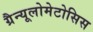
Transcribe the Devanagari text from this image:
ग्रैन्यूलोमेटोसिस